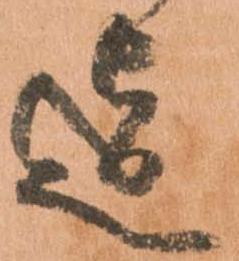
迄